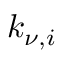
k _ { \nu , i }